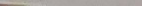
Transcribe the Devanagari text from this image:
छैन